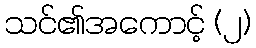
သင်၏အကောင့် (၂)